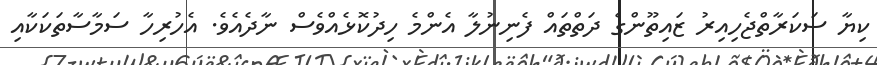
ކިޔާ ސަކަރާތްޖެހިއިރު ޒައިތޫންގެ ދަތްތައް ފެނިނުލާ އެންމެ ހިދުކޮޅެއްވެސް ނާދެއެވެ. އެހުރިހާ ސަމާސާތަކަކާއި